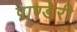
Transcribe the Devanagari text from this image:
पाण्डेरी